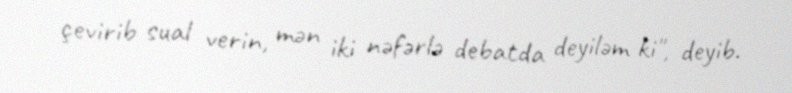
çevirib sual verin, mən iki nəfərlə debatda deyiləm ki", deyib.